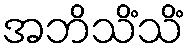
အဘိသိံသိံ